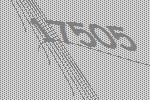
17505